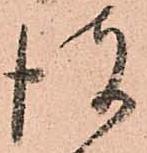
彼